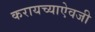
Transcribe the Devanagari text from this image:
करायच्याऐवजी